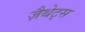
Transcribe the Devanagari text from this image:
ज़ैथेट्स